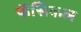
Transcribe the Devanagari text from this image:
फॅसिकल